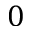
0